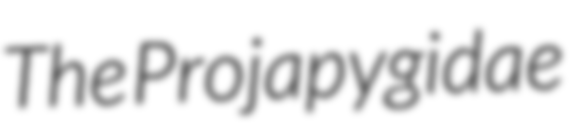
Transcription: The Projapygidae